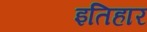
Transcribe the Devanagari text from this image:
इतिहार